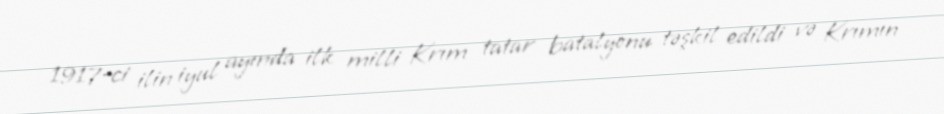
1917-ci ilin iyul ayında ilk milli Krım tatar batalyonu təşkil edildi və Krımın